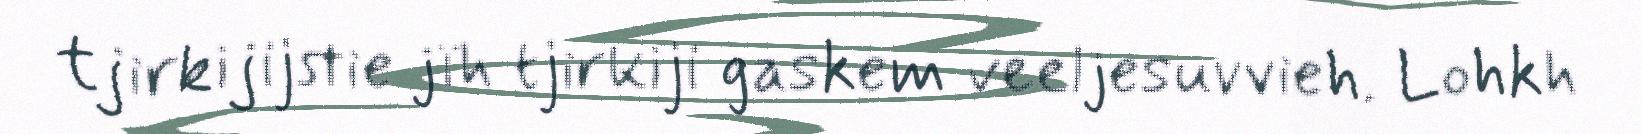
tjirkijijstie jïh tjirkiji gaskem veeljesuvvieh. Lohkh